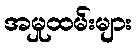
အမှုထမ်းများ